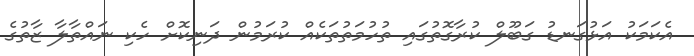
އެކަމަކު އަޅުގަނޑު ގަބޫލް ކުރާގޮތުގައި ތުހުމަތުތަކެއް ކުރަމުން ދަނިކޮށް ހެކި ނައްތާލާ ޒާތުގެ